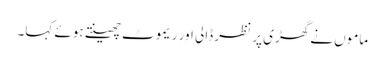
ماموں نے گھڑی پر نظر ڈالی اور ریموٹ چھینتے ہوئے کہا۔